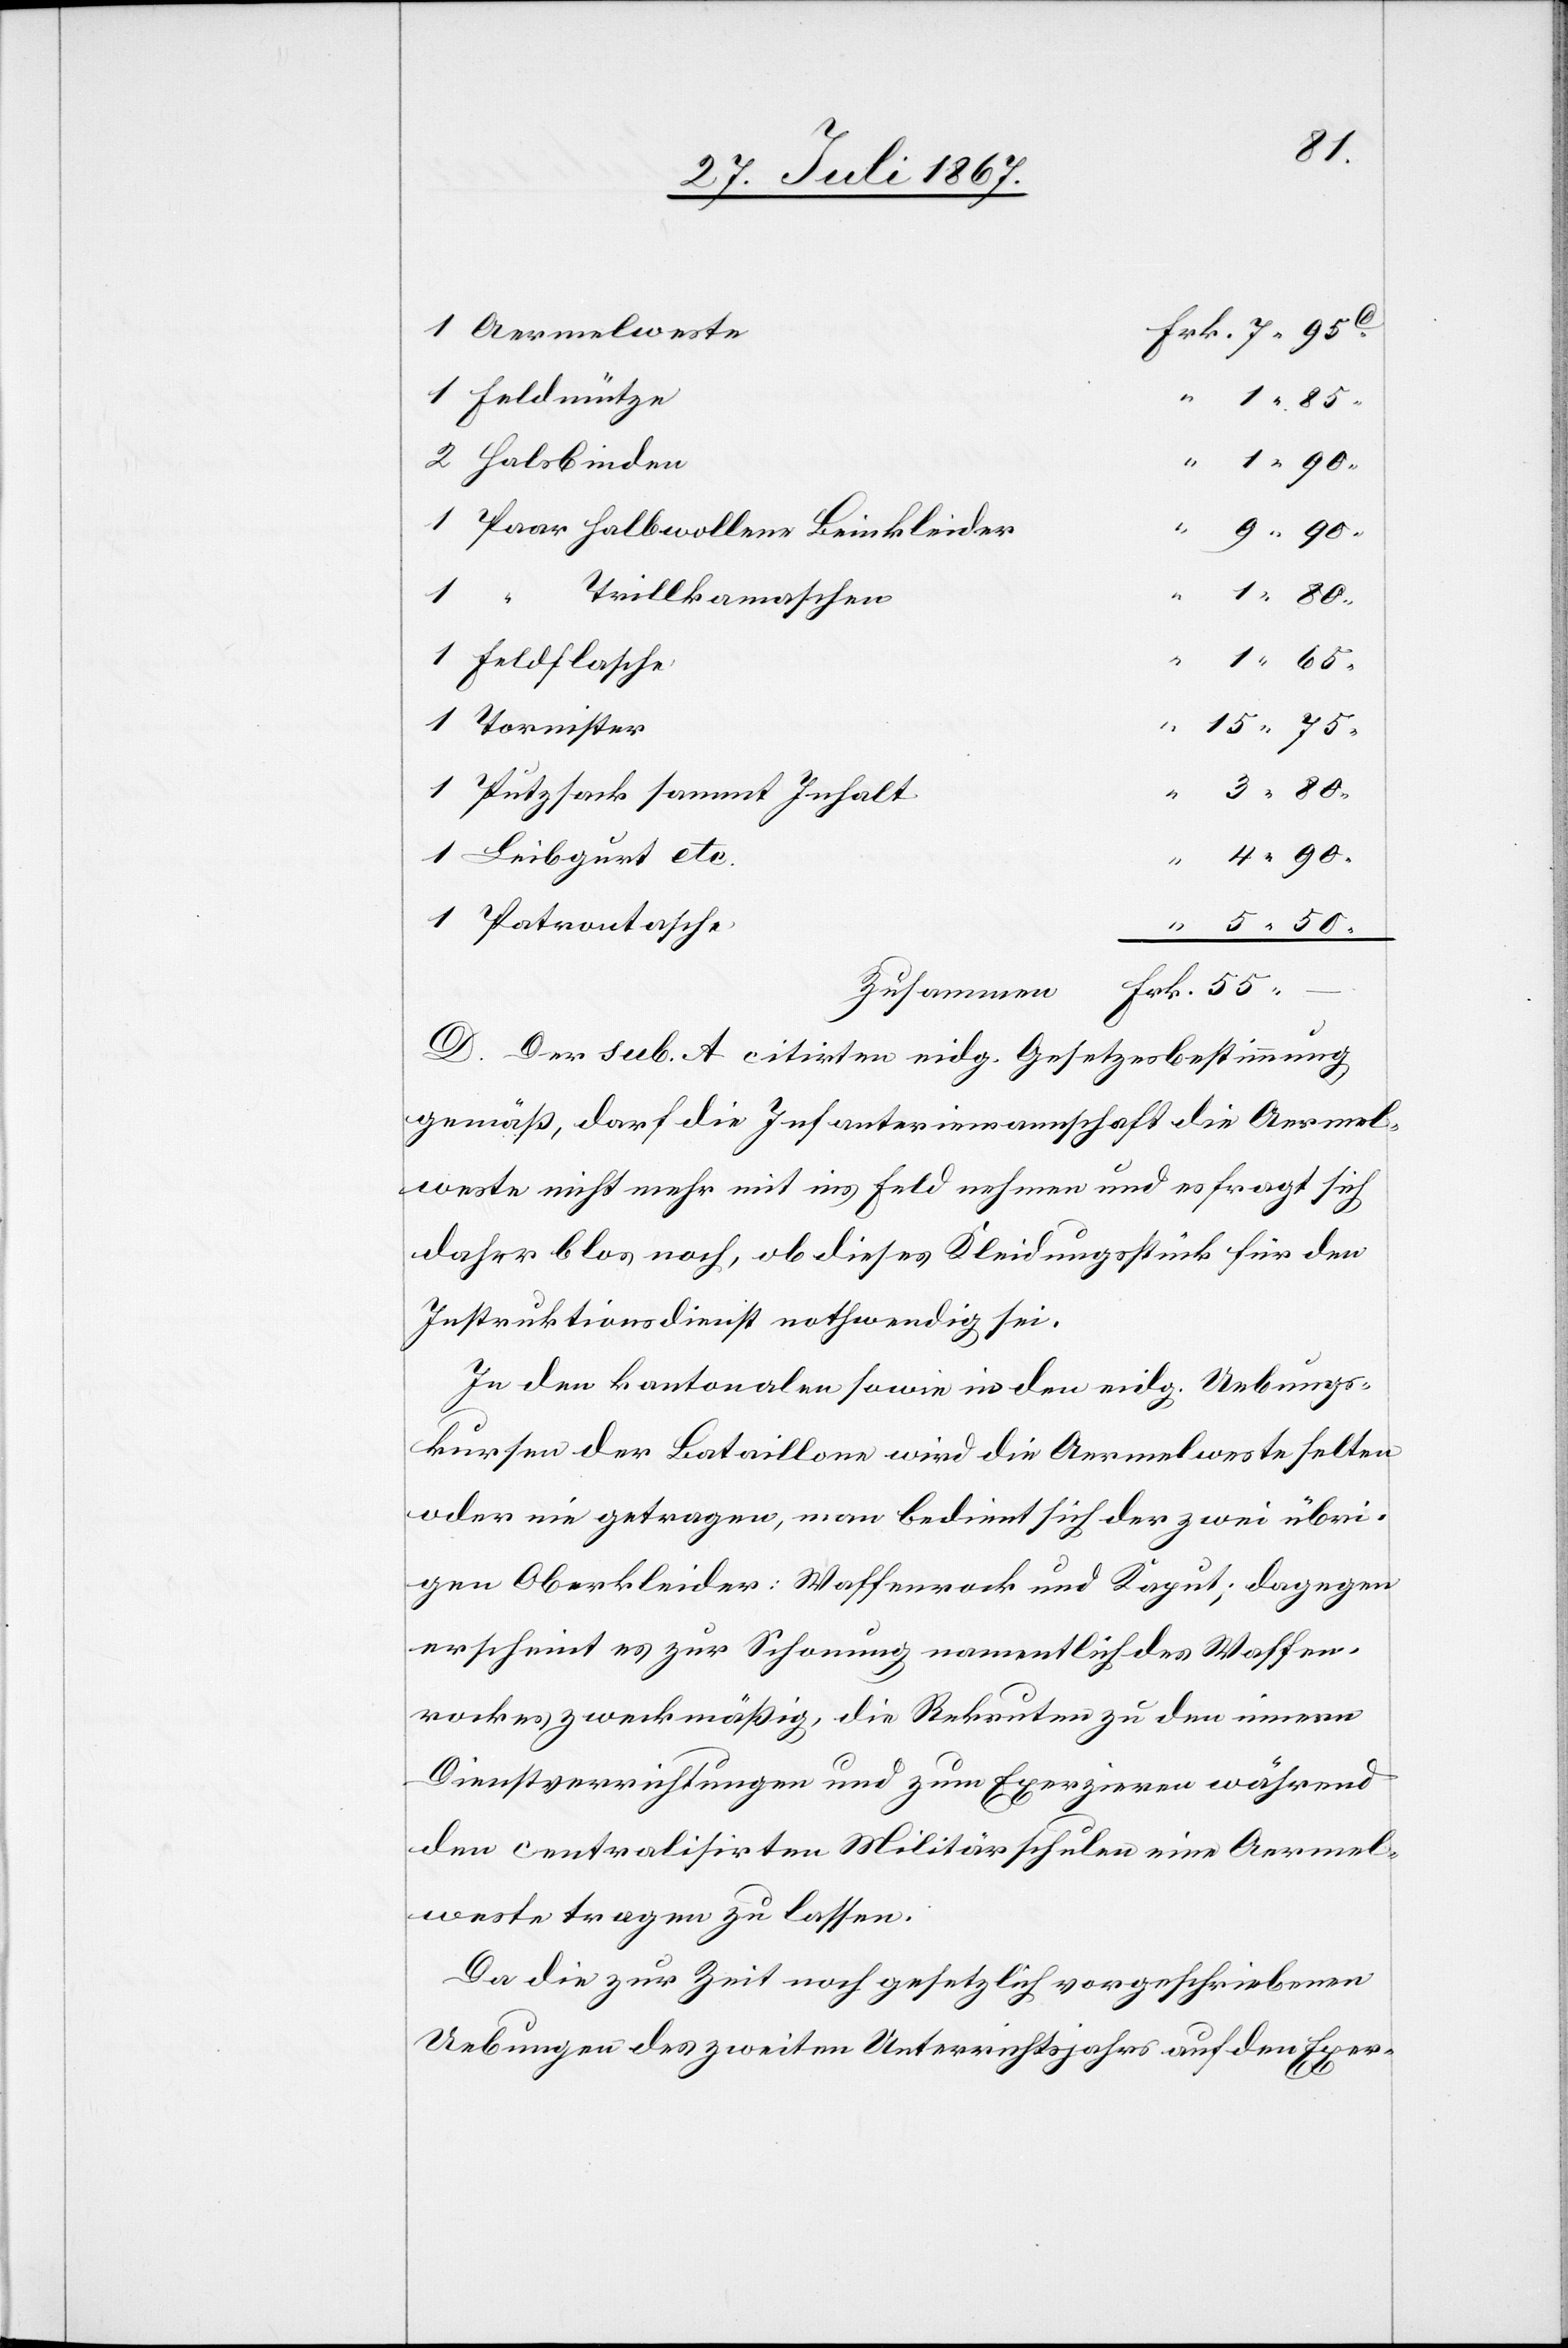
1 Aermelweste
1 Feldmütze
1.85
2 Halsbinden
1 Paar halbwollene Beinkleider
1
Trillkamaschen
55.–
1 Feldflasche
1 Tornister
1. Putztank sammt Inhalt
1 Leibgurt etc.
1 Patrontasche
D. Der sub. A citirte eidg. Gesetzesbestimmung
gemäß, darf die Infanteriemannschaft die Aermel¬
weste nicht mehr ins Feld nehmen und es fragt sich
daher blos noch, ob dieses Kleidungsstück für den
Instruktionsdienst nothwendig sei.
In den kantonalen sowie in den eidg. Uebungs¬
kursen der Bataillone wird die Aermelweste selten
oder nie getragen, man bedient sich der zwei übri¬
gen Oberkleider: Waffenrock und Kaput; dagegen
erscheint es zur Schonung namentlich des Waffen¬
rockes zweckmäßig, die Rekruten zu den innern
Dienstverrichtungen und zum Exerzieren während
den centralisirten Militärschulen eine Aermel¬
weste tragen zu lassen.
Da die zur Zeit noch gesetzlich vorgeschriebenen
Uebungen des zweiten Unterrichtsjahrs auf den Exer-